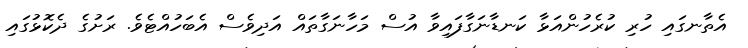
އެތާނގައި ހުރި ކުރެހުންއަޅާ ކަނޑާނަގާފައިވާ އުސް މަހާނަގާތައް އަދިވެސް އެބަހުއްޓެވެ. ރަށުގެ ދެކޮޅުގައި